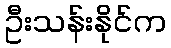
ဦးသန်းနိုင်က